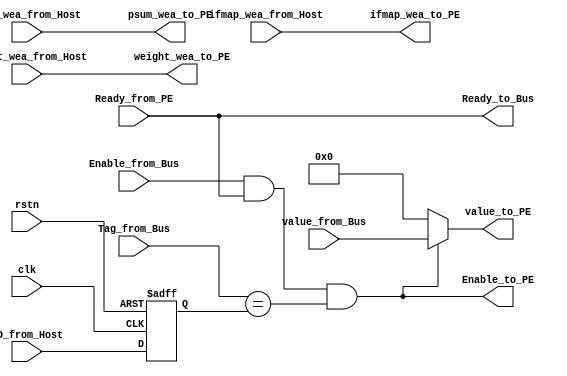
`timescale 1ns / 1ps

module multicast_ctrl(
    input clk,
    input rstn,
    input [5:0] ID_from_Host,
    input [5:0] Tag_from_Bus,
    input Ready_from_PE,
    input Enable_from_Bus,
    input [31:0] value_from_Bus,
    
    input weight_wea_from_Host,
    input ifmap_wea_from_Host,
    input psum_wea_from_Host,
    
    output weight_wea_to_PE,
    output ifmap_wea_to_PE,
    output psum_wea_to_PE,
    
    output Enable_to_PE,
    output Ready_to_Bus,
    output [31:0] value_to_PE
    );
    
    assign Ready_to_Bus = Ready_from_PE;
    
    
    assign weight_wea_to_PE = weight_wea_from_Host;
    assign ifmap_wea_to_PE = ifmap_wea_from_Host;
    assign psum_wea_to_PE = psum_wea_from_Host;
    
    reg [5:0] ID_reg;
    
    always @(posedge clk, negedge rstn)
    begin
        if(rstn ==1'b0)
        begin
            ID_reg<=0;
        end
        else
        begin
            ID_reg<=ID_from_Host;
        end
    end
    
    assign Enable_to_PE = (Enable_from_Bus && Ready_from_PE && (Tag_from_Bus == ID_reg));
    
    assign value_to_PE = (Enable_to_PE ==1'b1) ? value_from_Bus : 0;
    
    
endmodule